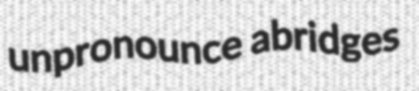
unpronounce abridges